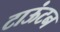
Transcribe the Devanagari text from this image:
टाऊंटन